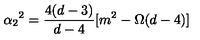
\alpha _ { 2 } { } ^ { 2 } = \frac { 4 ( d - 3 ) } { d - 4 } [ m ^ { 2 } - \Omega ( d - 4 ) ]